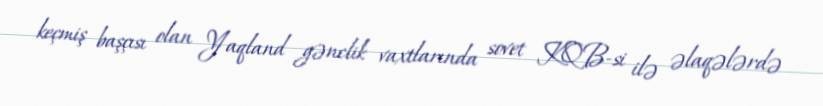
keçmiş başçısı olan Yaqland gənclik vaxtlarında sovet KQB-si ilə əlaqələrdə